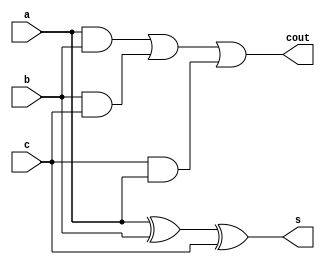
`timescale 1ns / 1ps
//////////////////////////////////////////////////////////////////////////////////
// Company: 
// Engineer: 
// 
// Design Name: 
// Module Name:    full_adder 
// Project Name: 
// Target Devices: 
// Tool versions: 
// Description: 
//
// Dependencies: 
//
// Revision: 
// Revision 0.01 - File Created
// Additional Comments: 
//
//////////////////////////////////////////////////////////////////////////////////
module full_adder(a,b,c,s,cout
    );
	input a,b,c;
	output s,cout;
	wire s,cout;
	assign s=a^b^c;
	assign cout=(a&b)|(b&c)|(c&a);
endmodule